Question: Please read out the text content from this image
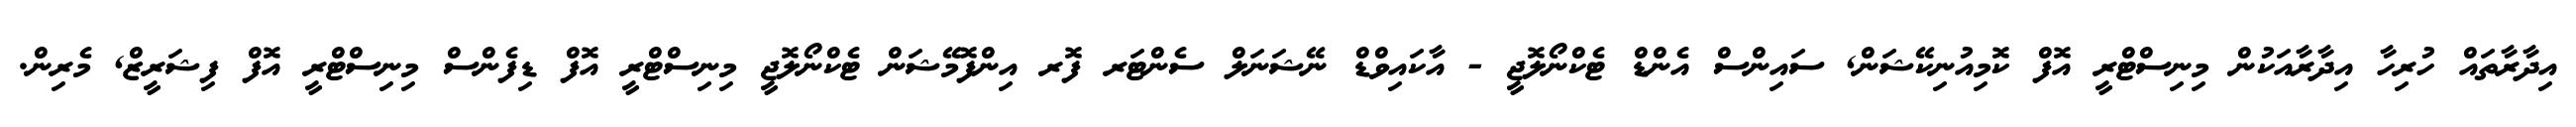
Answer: އިދާރާތައް ހުރިހާ އިދާރާއަކުން މިނިސްޓްރީ އޮފް ކޮމިއުނިކޭޝަން, ސައިންސް އެންޑް ޓެކްނޯލޮޖީ - އާކައިވްޑް ނޭޝަނަލް ސެންޓަރ ފޮރ އިންފޮމޭޝަން ޓެކްނޯލޮޖީ މިނިސްޓްރީ އޮފް ޑިފެންސް މިނިސްޓްރީ އޮފް ފިޝަރީޒް, މެރިން.